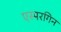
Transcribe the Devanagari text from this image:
एस्परगिन